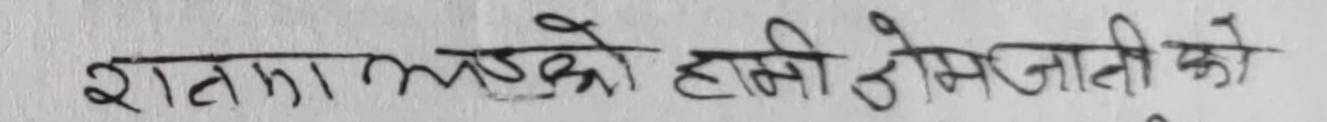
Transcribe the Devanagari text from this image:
रातका लड्को हानि ठेसिर्जाती को